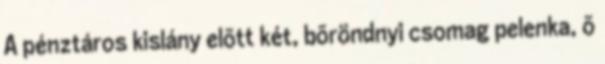
A pénztáros kislány elõtt két, bõröndnyi csomag pelenka, õ